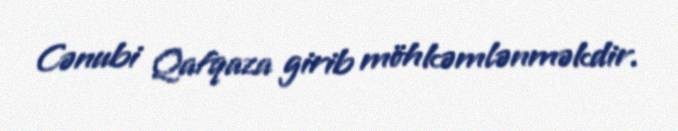
Cənubi Qafqaza girib möhkəmlənməkdir.